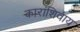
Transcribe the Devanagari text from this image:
कारांशिवाय